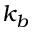
k _ { b }